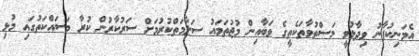
އެމަނިކުފާނު ވިދާޅުވީ މަސްތުވާތަކެތީގެ ވަބާއިން މުޖުތަމައު ސަލާމަތްކުރުމަށް ސަރުކާރުން ކުރާ މަސައްކަތުގައި މުޅި